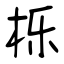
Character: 栎